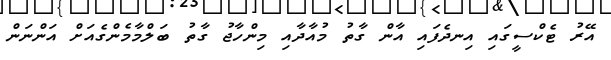
އޭރު ޓެކްސީގައި އިނދެފައި އާން ގާތު މުއާދާއި މިންހާޖު ގާތު ބަލްމާމެންގެއަށް އަންނަން